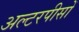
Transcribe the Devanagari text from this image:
अल्टरपीसों